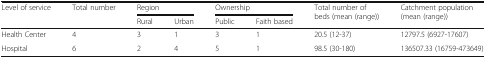
<table><thead><tr><td rowspan="2"><b>Level of service</b></td><td rowspan="2"><b>Total number</b></td><td colspan="2"><b>Region</b></td><td colspan="2"><b>Ownership</b></td><td rowspan="2"><b>Total number of beds (mean (range))</b></td><td rowspan="2"><b>Catchment population (mean (range))</b></td></tr><tr><td><b>Rural</b></td><td><b>Urban</b></td><td><b>Public</b></td><td><b>Faith based</b></td></tr></thead><tbody><tr><td>Health Center</td><td>4</td><td>3</td><td>1</td><td>3</td><td>1</td><td>20.5 (12-37)</td><td>12797.5 (6927-17607)</td></tr><tr><td>Hospital</td><td>6</td><td>2</td><td>4</td><td>5</td><td>1</td><td>98.5 (30-180)</td><td>136507.33 (16759-473649)</td></tr></tbody></table>